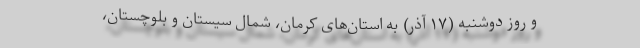
و روز دوشنبه (۱۷ آذر) به استان‌های کرمان، شمال سیستان و بلوچستان،